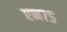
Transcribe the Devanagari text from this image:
एन७५